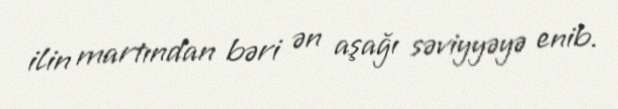
ilin martından bəri ən aşağı səviyyəyə enib.